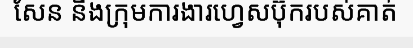
សែន និងក្រុមការងារហ្វេសប៊ុករបស់គាត់